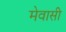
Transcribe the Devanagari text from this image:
मेवासी